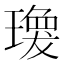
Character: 𤩆